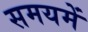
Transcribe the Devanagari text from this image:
समयमें